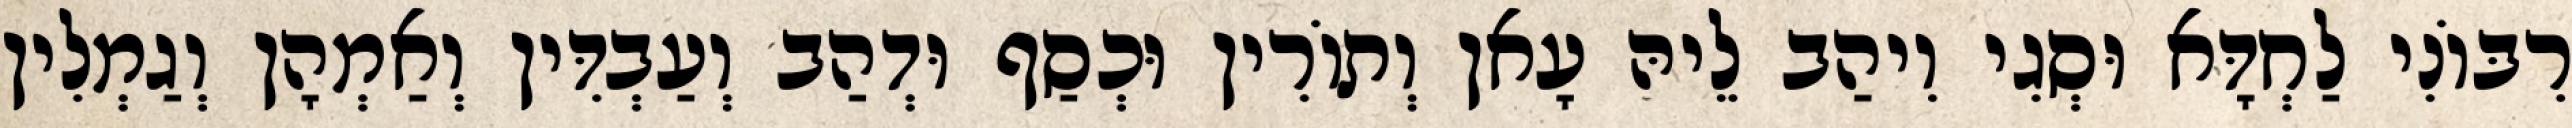
רִבּוֹנִי לַחְדָּא וּסְגִי וִיהַב לֵיהּ עָאן וְתוֹרִין וּכְסַף וּדְהַב וְעַבְדִּין וְאַמְהָן וְגַמְלִין